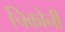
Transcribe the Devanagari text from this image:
चिकोनी